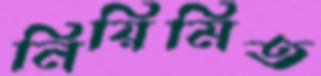
নিয়িমিত